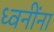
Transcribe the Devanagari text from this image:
ध्वनींना